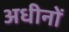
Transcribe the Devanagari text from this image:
अधीनों